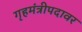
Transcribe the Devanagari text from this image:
गृहमंत्रीपदावर